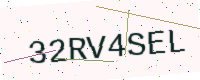
Text: 32RV4SEL